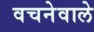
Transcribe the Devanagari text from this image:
वचनेवाले